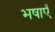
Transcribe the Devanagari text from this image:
भषाएँ